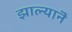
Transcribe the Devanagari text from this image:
झाल्यानॆ